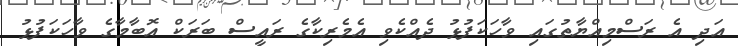
އަދި އެ ރަސްމިއްޔާތުގައި ވާހަކަފުޅު ދެއްކެވި އެމެރިކާގެ ރައީސް ބަރަކް އޮބާމާގެ ވާހަކަފުޅު